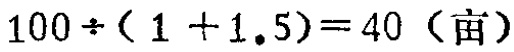
\(100\div(1 + 1.5)=40（\text{亩}）\)